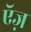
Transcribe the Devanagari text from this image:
ऍज़